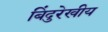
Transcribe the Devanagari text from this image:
बिंदुरेखीय